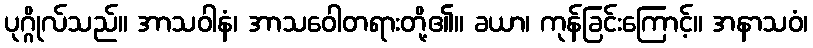
ပုဂ္ဂိုလ်သည်။ အာသဝါနံ၊ အာသဝေါတရားတို့၏။ ခယာ၊ ကုန်ခြင်းကြောင့်။ အနာသဝံ၊